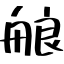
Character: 艆